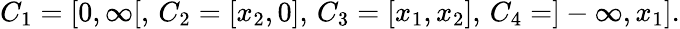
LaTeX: C_{1}=[0,\infty[,\, C_{2}=[x_{2},0],\, C_{3}=[x_{1},x_{2}],\, C_{4}=]-\infty,x_{1}].